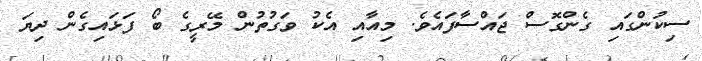
ސިކުންގައި ގެންގޮސް ޖައްސާފައެވެ. މިއާއި އެކު ވަގުތުން މޭރީގެ ބޯ ފަޅައިގެން ދިޔަ